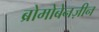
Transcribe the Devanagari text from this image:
ब्रोमोबेनज़ीन